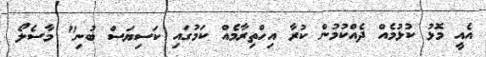
އެއީ މޮޅު ކުޅުމެއް ދެއްކުމުން ކުރާ އިހްތިރާމެއް ކަމުގައި ކަސިޔަސް ބުނި" މާސެލޯ